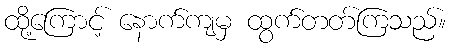
ထို့ကြောင့် နောက်ကျမှ ထွက်တတ်ကြသည်။